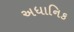
અધાનિક